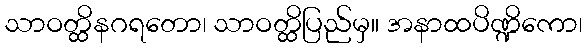
သာဝတ္ထိနဂရတော၊ သာဝတ္ထိပြည်မှ။ အနာထပိဏ္ဍိကော၊